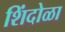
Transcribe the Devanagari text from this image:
शिंदोळा